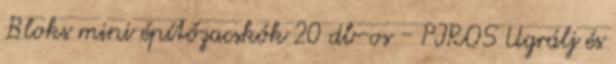
Bloks mini építőzacskók 20 db-os - PIROS Ugrálj és